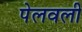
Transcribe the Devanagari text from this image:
पेलवली